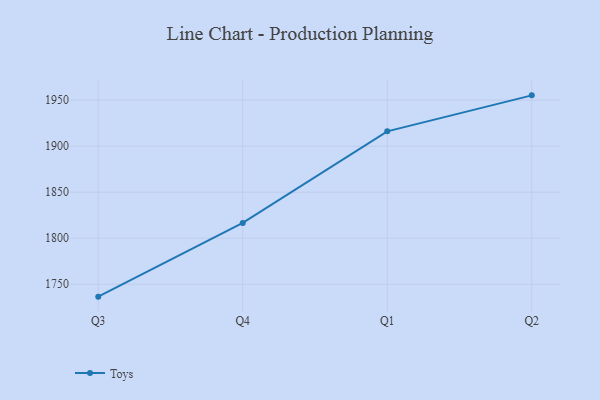
{"axis": {"x": "Quarter", "y": "Revenue (USD Million)"}, "legend": ["Toys"], "data": [{"x": "Q3", "y": 1736.5, "type": "Toys"}, {"x": "Q4", "y": 1816.6, "type": "Toys"}, {"x": "Q1", "y": 1916.1, "type": "Toys"}, {"x": "Q2", "y": 1955.2, "type": "Toys"}]}